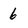
Character: 6